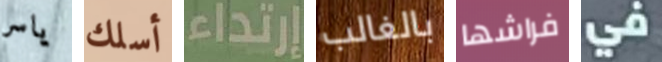
ياسر أسلك إرتداء بالغالب فراشها في